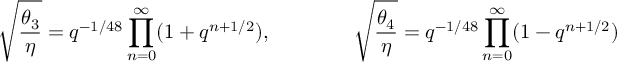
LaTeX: \sqrt { \frac { \theta _ { 3 } } { \eta } } = q ^ { - 1 / 4 8 } \prod _ { n = 0 } ^ { \infty } ( 1 + q ^ { n + 1 / 2 } ) , \qquad \qquad \sqrt { \frac { \theta _ { 4 } } { \eta } } = q ^ { - 1 / 4 8 } \prod _ { n = 0 } ^ { \infty } ( 1 - q ^ { n + 1 / 2 } )